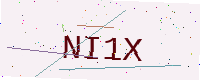
Text: NI1X